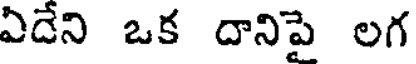
ఏదేని ఒక దానిపై లగ